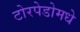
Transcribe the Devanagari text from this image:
टोरपेडोमधे